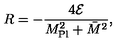
R = - \frac { 4 { \cal E } } { M _ { \mathrm { P l } } ^ { 2 } + \bar { M } ^ { 2 } } ,